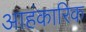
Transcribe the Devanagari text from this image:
आहंकारिक